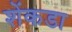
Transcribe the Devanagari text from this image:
शेंकडा